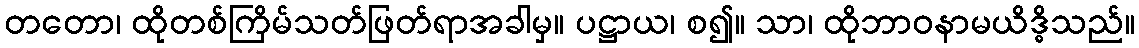
တတော၊ ထိုတစ်ကြိမ်သတ်ဖြတ်ရာအခါမှ။ ပဋ္ဌာယ၊ စ၍။ သာ၊ ထိုဘာဝနာမယိဒ္ဓိသည်။